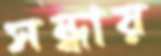
সন্ধায়